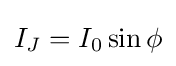
I_{J}=I_{0}\sin \phi